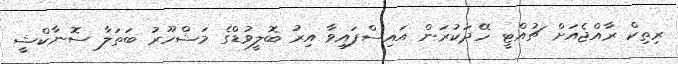
ރިތިކް ރާއްޖެއަށް ޗުއްޓީ ހޭދަކުރަން އައިސްފައިވާ އިރު ބޮލީވުޑްގެ މަޝްހޫރު ބަތަލާ ސޮނާކްޝީ